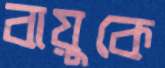
বায়ুকে